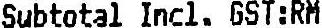
SUBTOTAL INCL. GST:RM